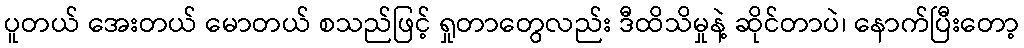
ပူတယ် အေးတယ် မောတယ် စသည်ဖြင့် ရှုတာတွေလည်း ဒီထိသိမှုနဲ့ ဆိုင်တာပဲ၊ နောက်ပြီးတော့